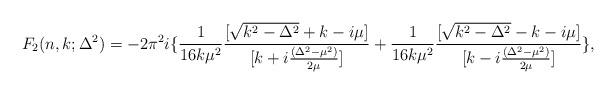
LaTeX: \begin{align*}F_2(n,k;\Delta^2)=-2\pi^2i\{\frac{1}{16k\mu^2} \frac{[\sqrt{k^2-\Delta^2}+k-i\mu]}{[k+i\frac{(\Delta^2-\mu^2)}{2\mu}]} + \frac{1}{16 k \mu^2}\frac{[\sqrt{k^2 - \Delta^2} - k - i \mu]}{[k - i \frac{(\Delta^2 - \mu^2)}{2\mu}]}\},\end{align*}